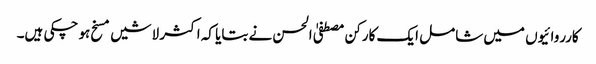
کارروائیوں میں شامل ایک کارکن مصطفیٰ الحسن نے بتایا کہ اکثر لاشیں مسخ ہو چکی ہیں۔